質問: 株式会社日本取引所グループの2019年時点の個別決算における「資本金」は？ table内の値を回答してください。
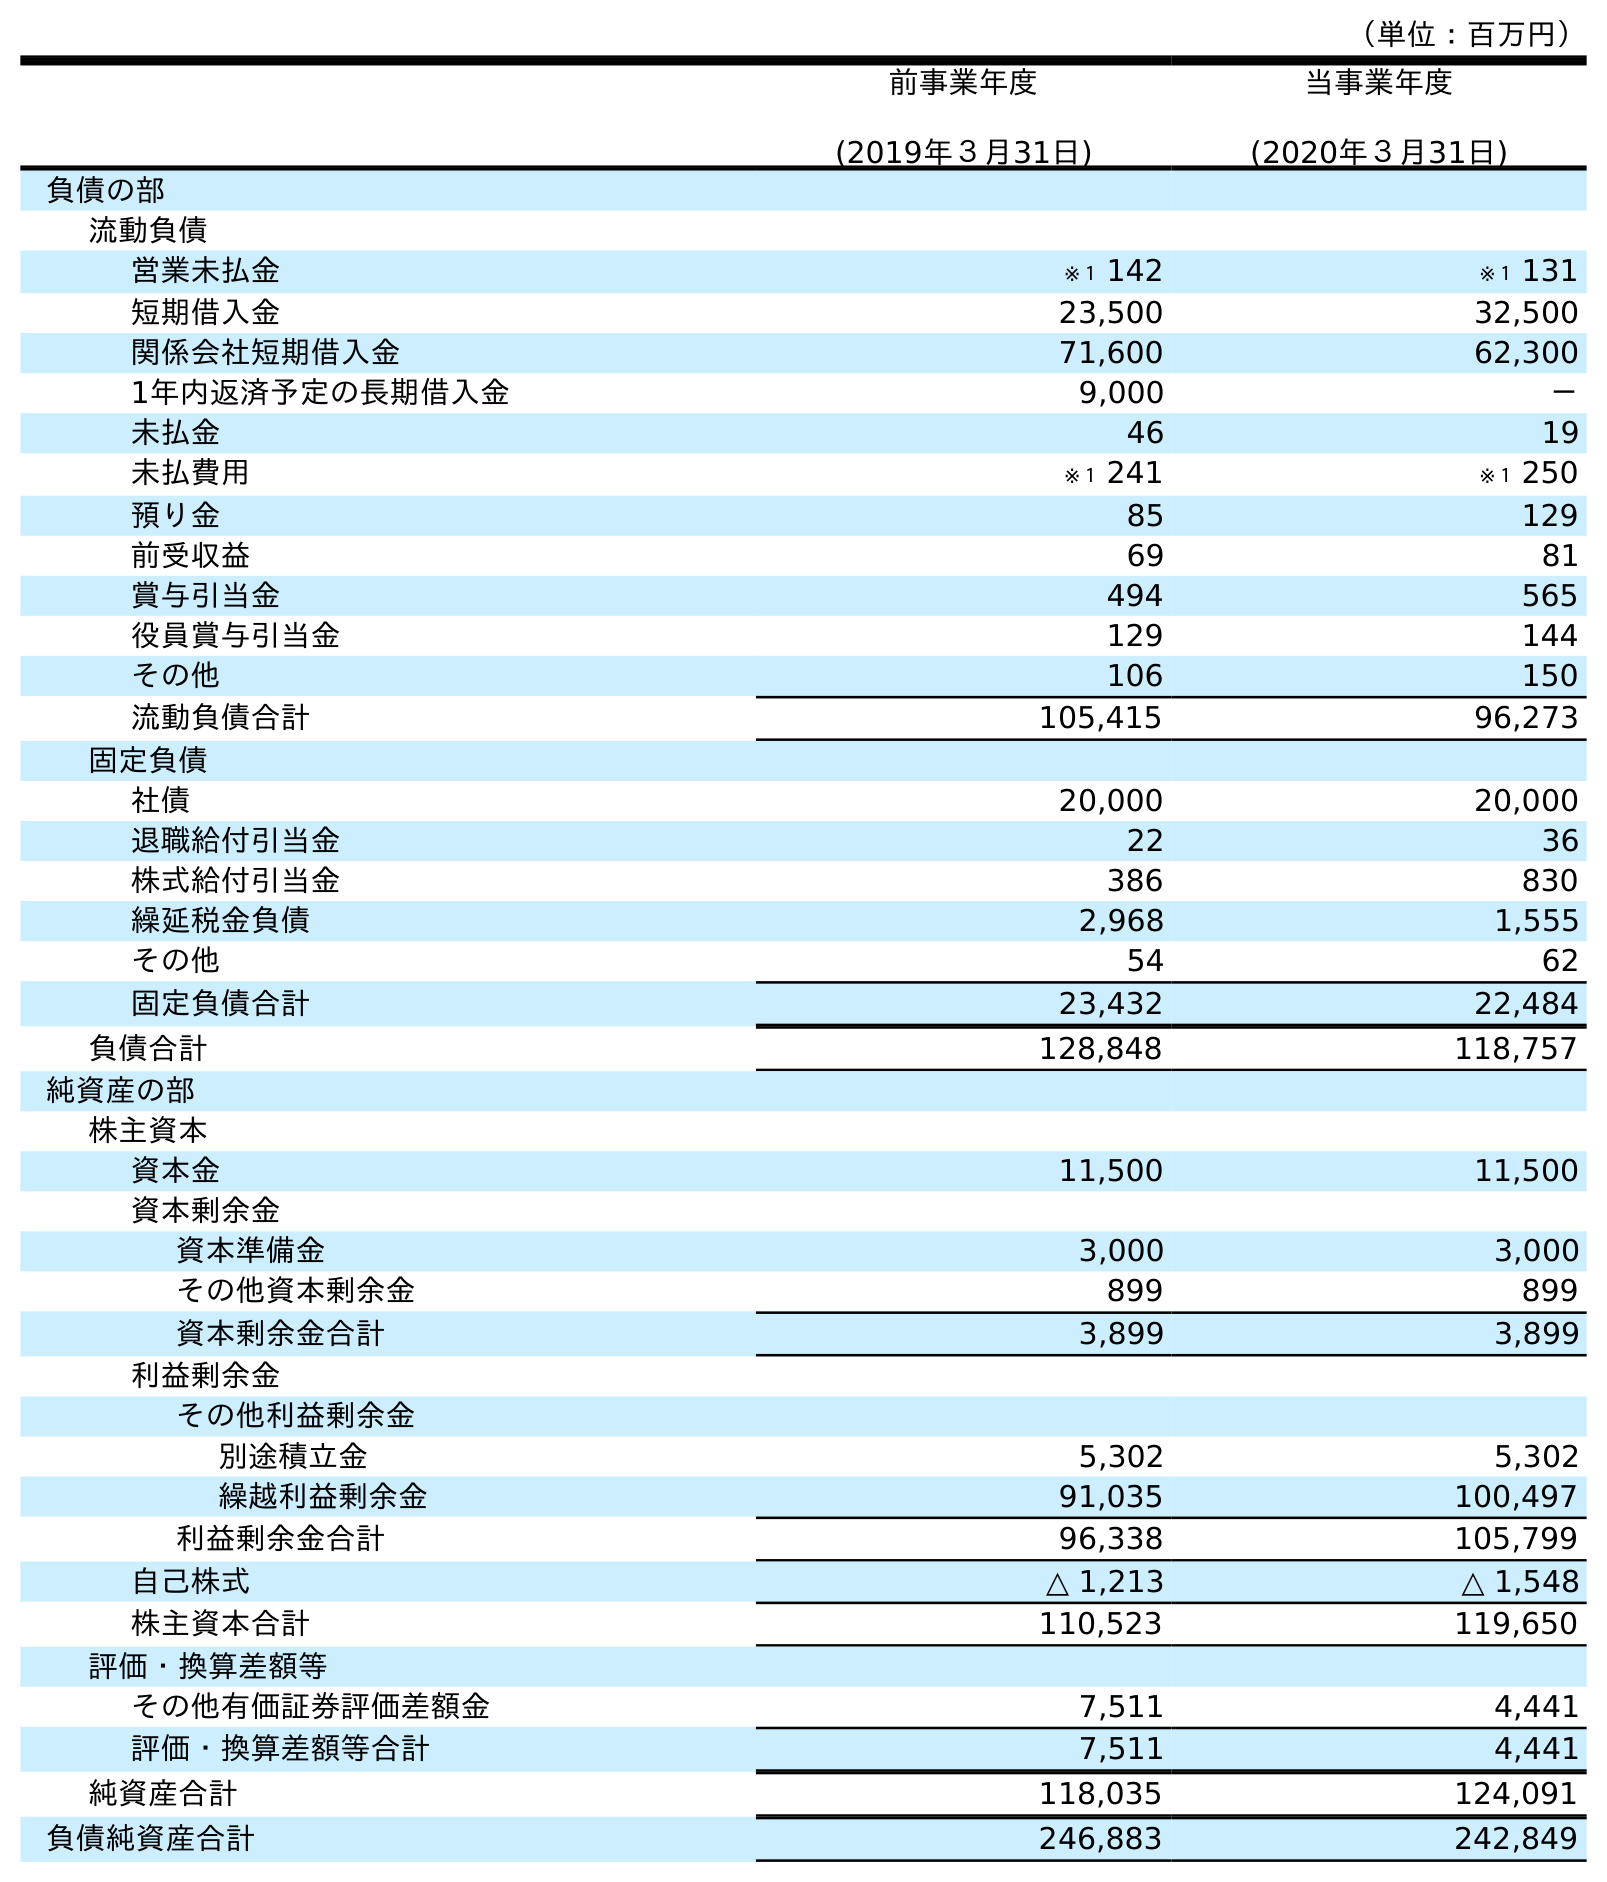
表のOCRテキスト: （単位：百万円） 前事業年度 (2019年３月31日) 当事業年度 (2020年３月31日) 負債の部 流動負債 営業未払金 ※１ 142 ※１ 131 短期借入金 23,500 32,500 関係会社短期借入金 71,600 62,300 1年内返済予定の長期借入金 9,000 － 未払金 46 19 未払費用 ※１ 241 ※１ 250 預り金 85 129 前受収益 69 81 賞与引当金 494 565 役員賞与引当金 129 144 その他 106 150 流動負債合計 105,415 96,273 固定負債 社債 20,000 20,000 退職給付引当金 22 36 株式給付引当金 386 830 繰延税金負債 2,968 1,555 その他 54 62 固定負債合計 23,432 22,484 負債合計 128,848 118,757 純資産の部 株主資本 資本金 11,500 11,500 資本剰余金 資本準備金 3,000 3,000 その他資本剰余金 899 899 資本剰余金合計 3,899 3,899 利益剰余金 その他利益剰余金 別途積立金 5,302 5,302 繰越利益剰余金 91,035 100,497 利益剰余金合計 96,338 105,799 自己株式 △ 1,213 △ 1,548 株主資本合計 110,523 119,650 評価・換算差額等 その他有価証券評価差額金 7,511 4,441 評価・換算差額等合計 7,511 4,441 純資産合計 118,035 124,091 負債純資産合計 246,883 242,849
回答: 11,500